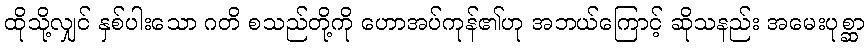
ထိုသို့လျှင် နှစ်ပါးသော ဂတိ စသည်တို့ကို ဟောအပ်ကုန်၏ဟု အဘယ်ကြောင့် ဆိုသနည်း အမေးပုစ္ဆာ